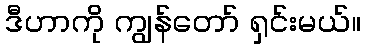
ဒီဟာကို ကျွန်တော် ရှင်းမယ်။